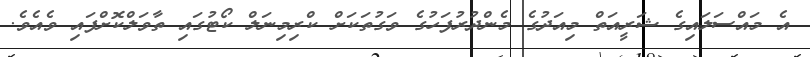
އެ މައްސަލައިގެ ޝަރީއަތް މިއަދުގެ މެންދުރުފަހުގެ ވަގުތަކަށް ކްރިމިނަލް ކޯޓުގައި ތާވަލްކޮށްފައި ވެއެވެ.